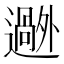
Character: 𬩟